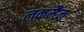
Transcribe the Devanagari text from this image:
लकमैन